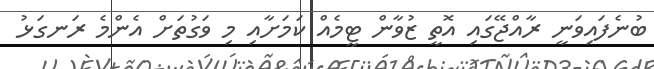
ބުނެފައިވަނީ ރާއްޖޭގައި އޮތީ ޒުވާން ޓީމެއް ކަމަށާއި މި ވަގުތަށް އެންމެ ރަނގަޅު